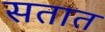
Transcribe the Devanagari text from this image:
सतात